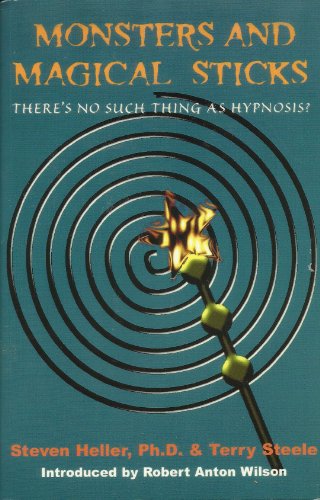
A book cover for Monsters and Magical Sticks: There is No Such Thing as Hypnosis by Stephen Heller, Terry Steele and Robert Anton Wilson (2005); STEVEN HELLER & TERRY STEELE; Health, Fitness & Dieting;